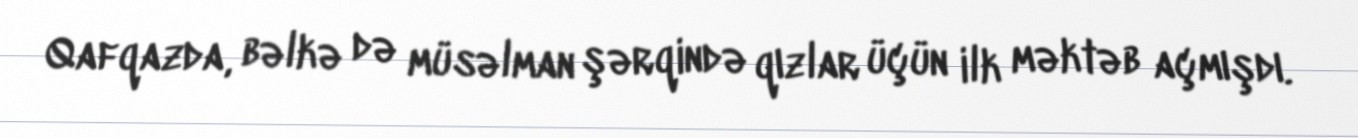
Qafqazda, bəlkə də müsəlman şərqində qızlar üçün ilk məktəb açmışdı.